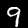
Digit: 9